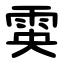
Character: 雵